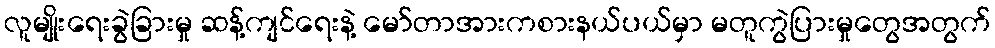
လူမျိုးရေးခွဲခြားမှု ဆန့်ကျင်ရေးနဲ့ မော်တာအားကစားနယ်ပယ်မှာ မတူကွဲပြားမှုတွေအတွက်